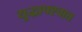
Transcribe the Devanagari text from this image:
युद्धापश्चात